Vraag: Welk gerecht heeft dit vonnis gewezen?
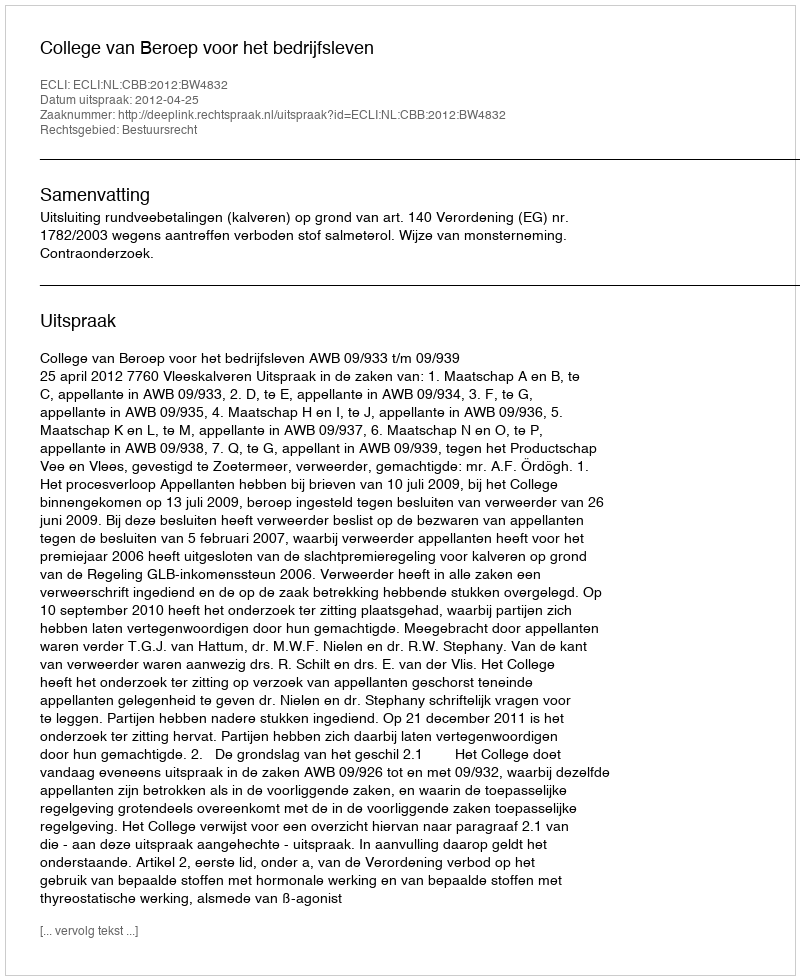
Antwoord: College van Beroep voor het bedrijfsleven